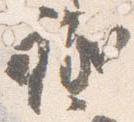
祇